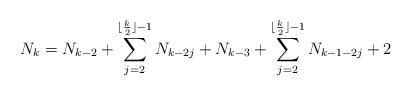
LaTeX: \begin{align*}N_k= N_{k-2}+ \sum_{j=2}^{\lfloor \frac{k}{2} \rfloor-1} N_{k-2j}+ N_{k-3}+ \sum_{j=2}^{\lfloor \frac{k}{2} \rfloor-1} N_{k-1-2j} +2\end{align*}